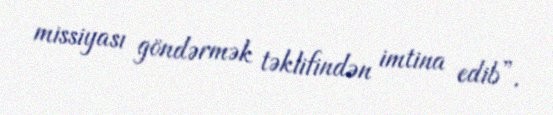
missiyası göndərmək təklifindən imtina edib”.